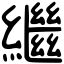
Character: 繼